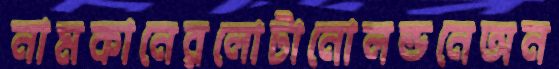
নামকানেরলোটানোলন্ডনেঅন